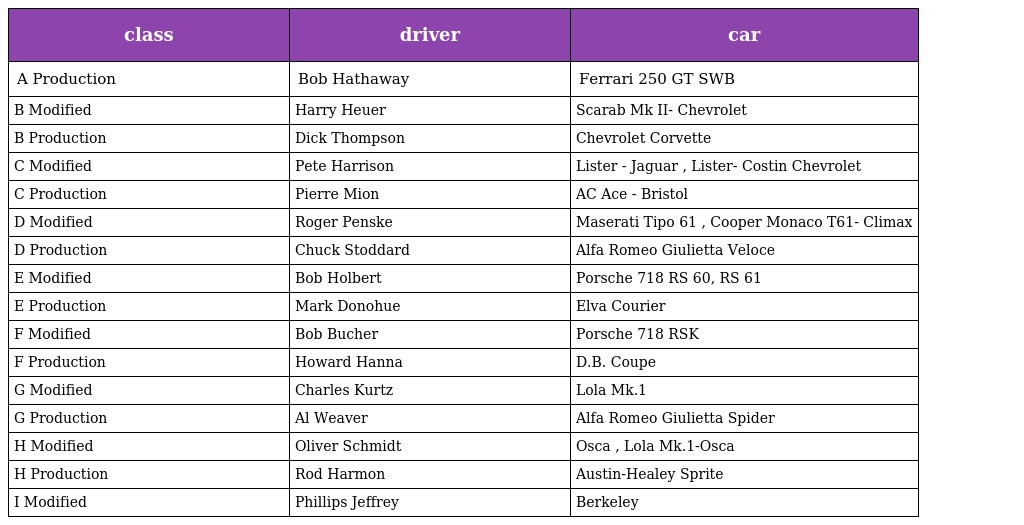
| class | driver | car |
 | --- | --- | --- |
 | A Production | Bob Hathaway | Ferrari 250 GT SWB |
 | B Modified | Harry Heuer | Scarab Mk II- Chevrolet |
 | B Production | Dick Thompson | Chevrolet Corvette |
 | C Modified | Pete Harrison | Lister - Jaguar , Lister- Costin Chevrolet |
 | C Production | Pierre Mion | AC Ace - Bristol |
 | D Modified | Roger Penske | Maserati Tipo 61 , Cooper Monaco T61- Climax |
 | D Production | Chuck Stoddard | Alfa Romeo Giulietta Veloce |
 | E Modified | Bob Holbert | Porsche 718 RS 60, RS 61 |
 | E Production | Mark Donohue | Elva Courier |
 | F Modified | Bob Bucher | Porsche 718 RSK |
 | F Production | Howard Hanna | D.B. Coupe |
 | G Modified | Charles Kurtz | Lola Mk.1 |
 | G Production | Al Weaver | Alfa Romeo Giulietta Spider |
 | H Modified | Oliver Schmidt | Osca , Lola Mk.1-Osca |
 | H Production | Rod Harmon | Austin-Healey Sprite |
 | I Modified | Phillips Jeffrey | Berkeley |